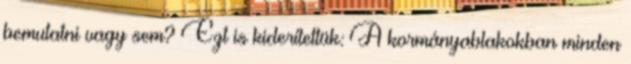
bemutatni vagy sem? Ezt is kiderítettük: A kormányablakokban minden